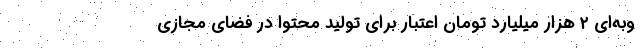
وبه‌ای ۲ هزار میلیارد تومان اعتبار برای تولید محتوا در فضای مجازی